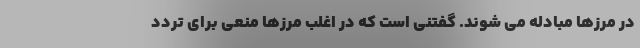
در مرزها مبادله می شوند. گفتنی است که در اغلب مرزها منعی برای تردد